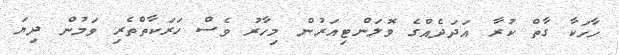
ހާހަކާ ގާތް ކުރާ އަދަދެއްގެ ވޮލަންޓިއަރުން މިހާރު ވެސް ހަރަކާތްތެރި ވަމުން ދިޔަ